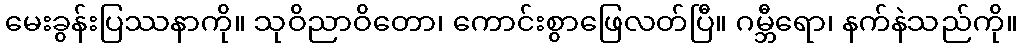
မေးခွန်းပြဿနာကို။ သုဝိညာဝိတော၊ ကောင်းစွာဖြေလတ်ပြီ။ ဂမ္ဘီရော၊ နက်နဲသည်ကို။